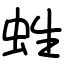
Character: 﨡